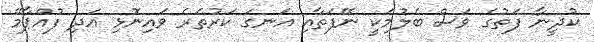
ކުދީނާ ފަތުގެ ވަސް ބެލުމަކީ ނޭފަތާއި އަނގަ ކަރުތެރެ ވައިނޮޅި އަދި ފުއްޕާމޭ